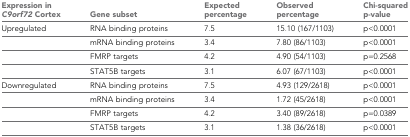
<table><thead><tr><td><b>Expression in <i>C9orf72</i> Cortex</b></td><td><b>Gene subset</b></td><td><b>Expected percentage</b></td><td><b>Observed percentage</b></td><td><b>Chi-squared p-value</b></td></tr></thead><tbody><tr><td>Upregulated</td><td>RNA binding proteins</td><td>7.5</td><td>15.10 (167/1103)</td><td>p&lt;0.0001</td></tr><tr><td></td><td>mRNA binding proteins</td><td>3.4</td><td>7.80 (86/1103)</td><td>p&lt;0.0001</td></tr><tr><td></td><td>FMRP targets</td><td>4.2</td><td>4.90 (54/1103)</td><td>p=0.2568</td></tr><tr><td></td><td>STAT5B targets</td><td>3.1</td><td>6.07 (67/1103)</td><td>p&lt;0.0001</td></tr><tr><td>Downregulated</td><td>RNA binding proteins</td><td>7.5</td><td>4.93 (129/2618)</td><td>p&lt;0.0001</td></tr><tr><td></td><td>mRNA binding proteins</td><td>3.4</td><td>1.72 (45/2618)</td><td>p&lt;0.0001</td></tr><tr><td></td><td>FMRP targets</td><td>4.2</td><td>3.40 (89/2618)</td><td>p=0.0389</td></tr><tr><td></td><td>STAT5B targets</td><td>3.1</td><td>1.38 (36/2618)</td><td>p&lt;0.0001</td></tr></tbody></table>